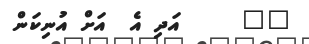
١٠     އަދި އެ  އަށް އުނިކަން